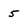
Character: 5